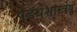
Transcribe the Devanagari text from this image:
षडर्थशास्त्रेषु